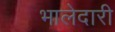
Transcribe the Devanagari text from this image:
भालेदारी